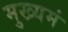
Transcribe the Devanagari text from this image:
मुख्यमं